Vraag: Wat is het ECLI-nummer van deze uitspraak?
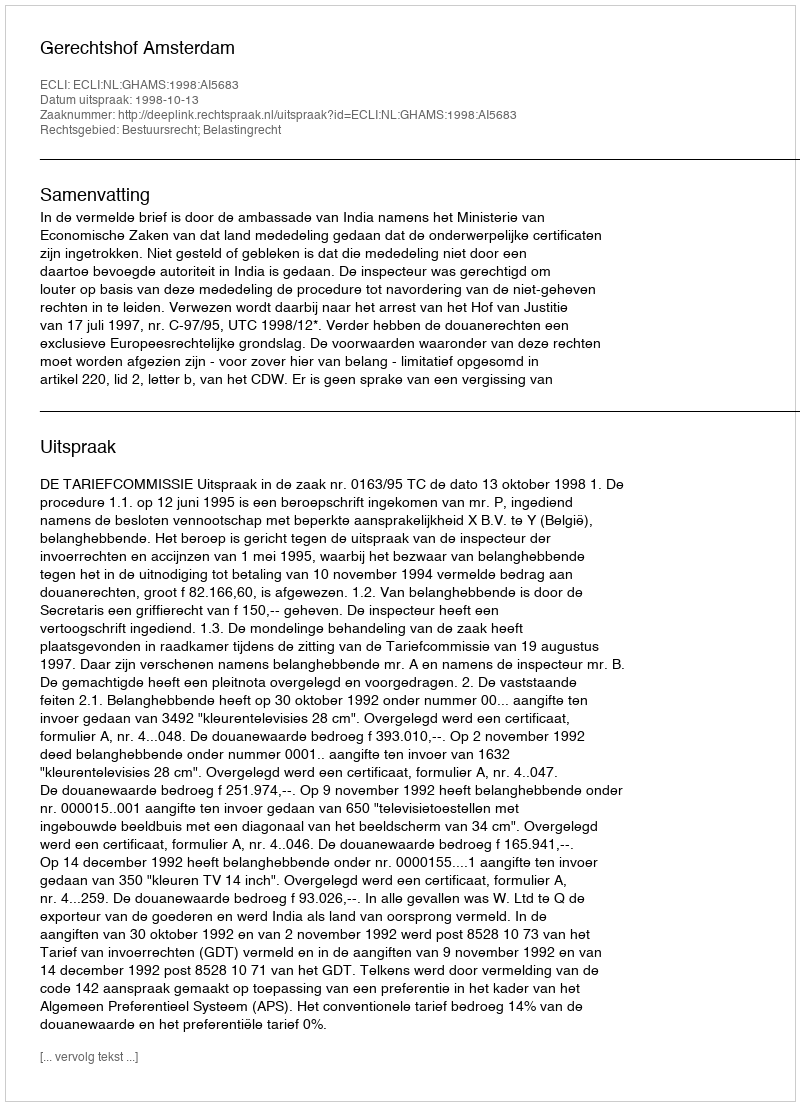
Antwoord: ECLI:NL:GHAMS:1998:AI5683